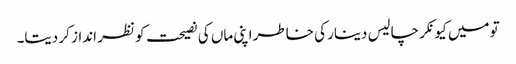
تو میں کیونکر چالیس دینار کی خاطر اپنی ماں کی نصیحت کو نظر انداز کر دیتا۔